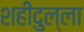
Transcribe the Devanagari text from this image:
शहीदुल्ला